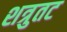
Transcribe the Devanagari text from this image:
शत्रुतट